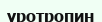
уротропин